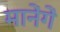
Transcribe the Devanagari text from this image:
मानेंगें